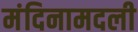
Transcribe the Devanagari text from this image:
मंदिनामदली